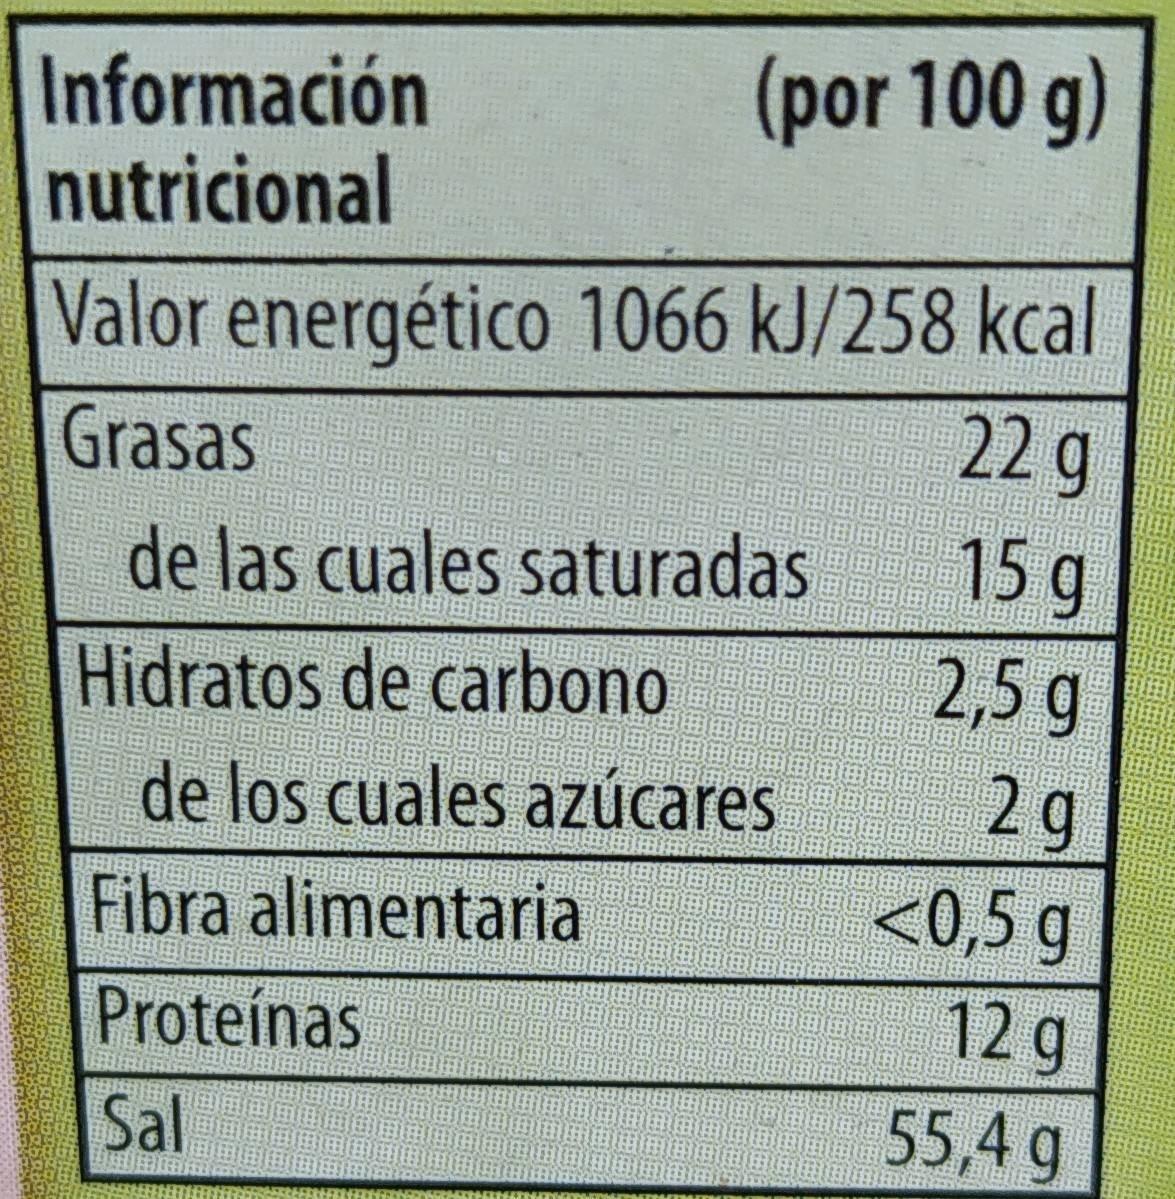
(por 100 g) Información nutricional Valor energético 1066 kJ/258 kcal 22g Grasas de las cuales saturadas 15 g Hidratos de carbono 2,5 g de los cuales azúcares 2 g Fibra alimentaria <0,5 g Proteinas 12g Sal 55,4 g